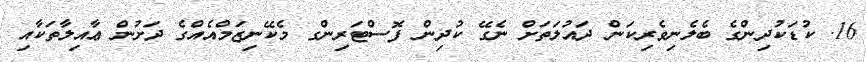
16. ކުޑަކުދިންގެ ބެލެނިވެރިކަން ދައުލަތަށް ނެގޭ ކުދިން ފޮސްޓަރިންގ މެކޭނިޒަމްއެއްގެ ދަށުން ޢާއިލާތަކާއި